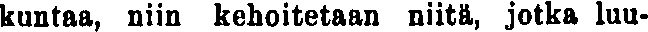
kuntaa, niin kehoitetaan niitä, jotka luu-